Vaccination in Bombay 1913-1923 - 1913-1923
Year: 1913
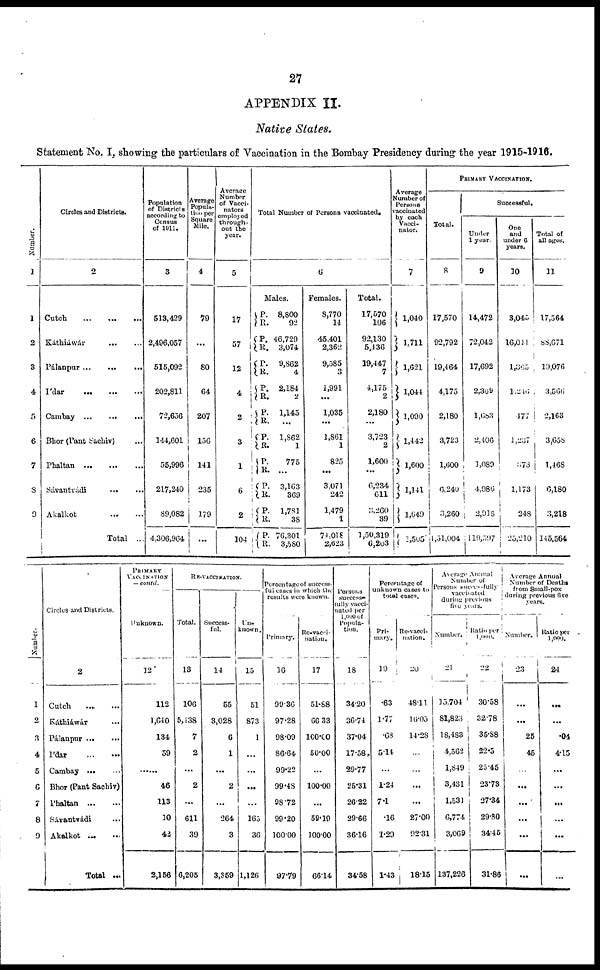
27
APPENDIX II.
Native States.
Statement No. I, showing the particulars of Vaccination in the Bombay Presidency during the year 1915-1916.
Number.
1
1
2
3
4
5
6
7
8
9
Circles and Districts.
2
Cutch
...
...
...
Káthiáwár ... ...
Pálanpur
...
...
...
I'dar
...
...
...
Cambay
...
...
...
Bhor (Pant Sachiv) ...
Phaltan
...
...
...
Sávantvádi
...
...
Akalkot ... ...
Total ...
Population
of Districts
according to
Census
of 1911.
3
513,429
2,496,057
515,092
202,811
72,656
144,601
55,996
217,240
89,082
4,306,964
Average
Popula-
tion per
Square
Mile.
4
79
...
80
64
207
156
141
235
179
...
Average
Number
of Vacci¬
nators
employed
through-
out the
year.
5
17
57
12
4
2
3
1
6
2
104
Total Number of Persons vaccinated.
6
Males.
P.
R.
P.
R.
P.
R.
P.
R.
P.
R.
P.
R.
P.
R.
P.
R.
P.
R.
P.
R.
8,800
92
46,729
3,074
9,862
4
2,184
2
1,145
...
1,862
1
775
...
3,163
369
1,781
38
76,301
3,580
Females.
8,770
14
45,401
2,362
9,585
1,991
...
1,035
...
1,861
1
825
...
3,071
242
1,479
1
74,018
2,623
Total.
17,570
106
92,130
5,436
19,447
7
4,175
2
2,180
...
3,723
2
1,600
...
6,234
611
3,260
39
1,50,319
6,203
Average
Number of
Persons
vaccinated
by each
Vacci¬
nator.
7
1,040
1,711
1,621
1,044
1,090
1,442
1,600
1,141
1,649
1,505
PRIMARY VACCINATION.
Total.
8
17,570
92,792
19,464
4,175
2,180
3,723
1,600
6,240
3,260
1,51,004
Successful.
Under
1 year.
9
14,472
72,042
17,692
2,309
1,683
2,406
1,089
4,986
2,918
119,597
One
and
under 6
years.
10
3,045
16,041
1,305
1,246
477
1,237
378
1,173
248
25,210
Total of
all ages.
11
17,564
88,671
19,076
3,566
2,163
3,658
1,468
6,180
3,218
145,564
Number.
1
2
3
4
5
6
7
8
9
Circles and Districts.
2
Cutch ... ...
Káthiáwár ...
Pálanpur
...
...
I'dar
...
...
Cambay ... ...
Bhor (Pant Sachiv)
Phaltan
...
...
Sávantvádi ...
Akalkot ... ...
Total ...
PRIMARY
VACCINATION
— contd.
Unknown.
12
112
1,640
134
59
......
46
113
10
42
2,156
RE-VACCINATION.
Total.
13
106
5,438
7
2
...
2
...
611
39
6,205
Success-
ful.
14
55
3,028
6
1
...
2
...
264
3
3,359
Un¬
known.
15
51
873
1
...
...
...
...
165
36
1,126
Percentage of success-
ful cases in which the
results were known.
Primary.
16
99.36
97.28
98.09
86.64
99.22
99.48
98.72
99.20
100.00
97.79
Re-vacci¬
nation.
17
51.88
66.33
100.00
50.00
...
100.00
...
59.19
100.00
66.14
Persons
success-
fully vacci-
nated per
1,000 of
Poputa-
tion.
18
34.20
36.74
37.04
17.58
29.77
25.31
26.22
29.66
36.16
34.58
Percentage of
unknown cases to
total cases.
Pri-
mary.
19
.63
1.77
.63
5.14
...
1.24
7.1
.16
1.29
1.43
Re-vacci¬
nation.
20
48.11
16.05
14.28
...
...
...
...
27.00
92.31
18.15
Average Annual
Number of
Persons successfully
vaccinated
during previous
five years.
Number.
21
15,704
81,823
18,483
4,562
1,849
3,431
1,531
6,774
3,069
137,226
Ratio per
1,000.
22
30.58
32.78
35.88
22.5
25.45
23.73
27.34
29.80
34.45
31.86
Average Annual
Number of Deaths
from Small-pox
during previous five
years.
Number.
23
...
...
25
45
...
...
...
...
...
...
Ratio per
1,000.
24
...
...
.04
4.15
...
...
...
...
...
...